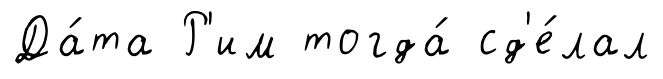
Да́та Р'им тогда́ сд'е́лал